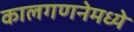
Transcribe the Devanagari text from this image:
कालगणनेमध्ये